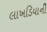
લાખડિયાની